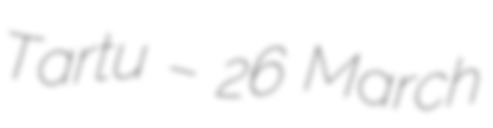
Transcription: Tartu – 26 March